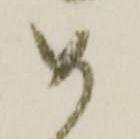
如